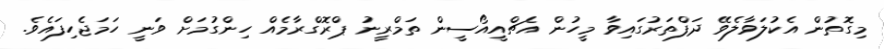
މިގޮތުން އެކުލަވާލެވޭ ދަފްތަރުގައިވާ މީހުން އެޗްއީއޯސީން ތަމްރީނު ޕްރޮގްރާމެއް ހިންގުމަށް ވަނީ ހަމަޖެހިފައެވެ.